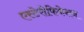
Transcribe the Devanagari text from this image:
एस्टेरीफिकेशन